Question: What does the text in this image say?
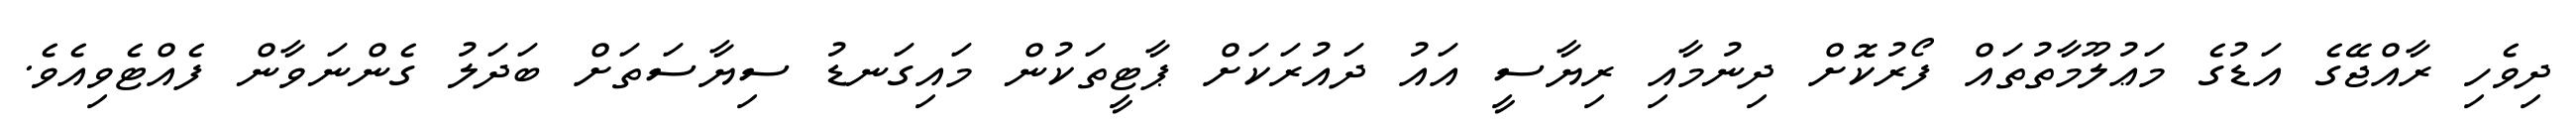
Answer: ދިވެހި ރާއްޖޭގެ އަޑުގެ މަޢުލޫމާތުތައް ފޯރުކޮށް ދިނުމާއި ރިޔާސީ އައު ދައުރަކަށް ޕާޓީތަކުން މައިގަނޑު ސިޔާސަތަށް ބަދަލު ގެންނަވާން ފެއްޓެވިއެވެ.